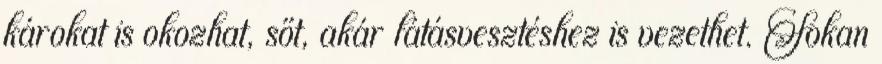
károkat is okozhat, sőt, akár látásvesztéshez is vezethet. Sokan